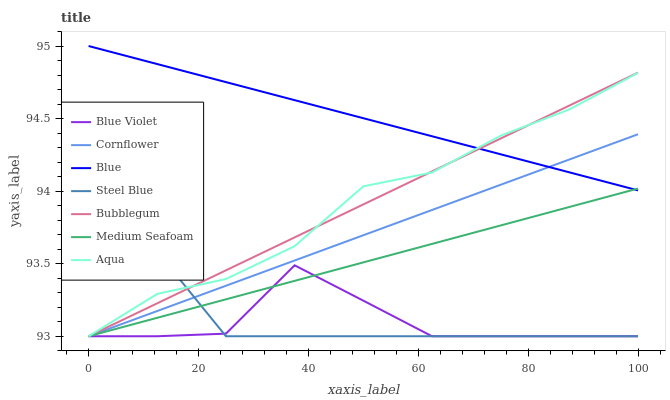
| xaxis_label | Blue Violet | Cornflower | Blue | Steel Blue | Bubblegum | Medium Seafoam | Aqua |
 | --- | --- | --- | --- | --- | --- | --- | --- |
 | 0 | 93 | 93 | 95 | 93.9 | 93 | 93 | 93 |
 | 12.5 | 93 | 93.2 | 94.9 | 93.6 | 93.2 | 93.1 | 93.3 |
 | 25 | 93 | 93.3 | 94.8 | 93 | 93.5 | 93.3 | 93.4 |
 | 37.5 | 93.5 | 93.5 | 94.6 | 93 | 93.7 | 93.4 | 93.6 |
 | 50 | 93.2 | 93.7 | 94.5 | 93 | 93.9 | 93.5 | 94 |
 | 62.5 | 93 | 93.9 | 94.4 | 93 | 94.1 | 93.6 | 94.1 |
 | 75 | 93 | 94 | 94.3 | 93 | 94.4 | 93.8 | 94.4 |
 | 87.5 | 93 | 94.2 | 94.1 | 93 | 94.6 | 93.9 | 94.6 |
 | 100 | 93 | 94.4 | 94 | 93 | 94.8 | 94 | 94.8 |